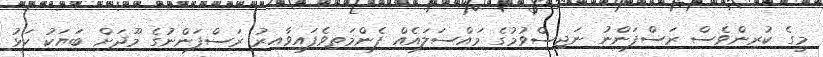
މީގެ ކުރިންވެސް ރަސްފަންނު ނަޖިސްވުމުގެ މައްސަލައެއް ފެންމަތިވެފައިވާއިރު ރަސްފަންނުގެ މޫދަށް ބަޔަކު ކަޅު